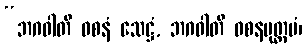
“ဘဂဝါတိ ဝစနံ သေဋ္ဌံ, ဘဂဝါတိ ဝစနမုတ္တမံ၊